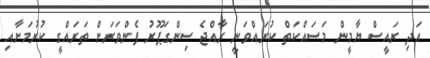
އަދި ރައީސް ޔާމީން މަސައްކަތް ކުރައްވަނީ ރާއްޖެ ސިންގަޕޫރު ފެންވަރަށް ތަރައްގީ ކުރުމަށާއި